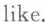
like.